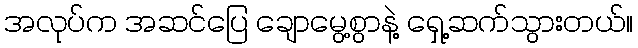
အလုပ်က အဆင်ပြေ ချောမွေ့စွာနဲ့ ရှေ့ဆက်သွားတယ်။